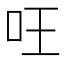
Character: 㕵